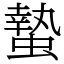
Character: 蟄